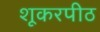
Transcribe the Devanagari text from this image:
शूकरपीठ